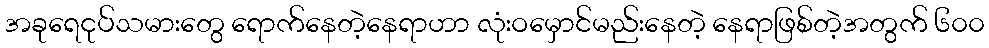
အခုရေငုပ်သမားတွေ ရောက်နေတဲ့နေရာဟာ လုံးဝမှောင်မည်းနေတဲ့ နေရာဖြစ်တဲ့အတွက် ၆၀၀